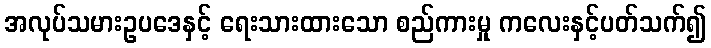
အလုပ်သမားဥပဒေနှင့် ရေးသားထားသော စည်ကားမှု ကလေးနှင့်ပတ်သက်၍